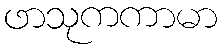
ဖာသုကကာမာ